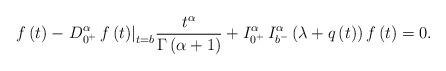
LaTeX: \begin{align*}f\left( t \right) - {\left. {D_{{0^ + }}^\alpha \,f\left( t \right)} \right|_{t = b}}\frac{{{t^\alpha }}}{{\Gamma \left( {\alpha + 1} \right)}} + I_{{0^ + }}^\alpha \,I_{{b^ - }}^\alpha \left(\lambda + q \left(t\right) \right)f\left( t \right) = 0.\end{align*}